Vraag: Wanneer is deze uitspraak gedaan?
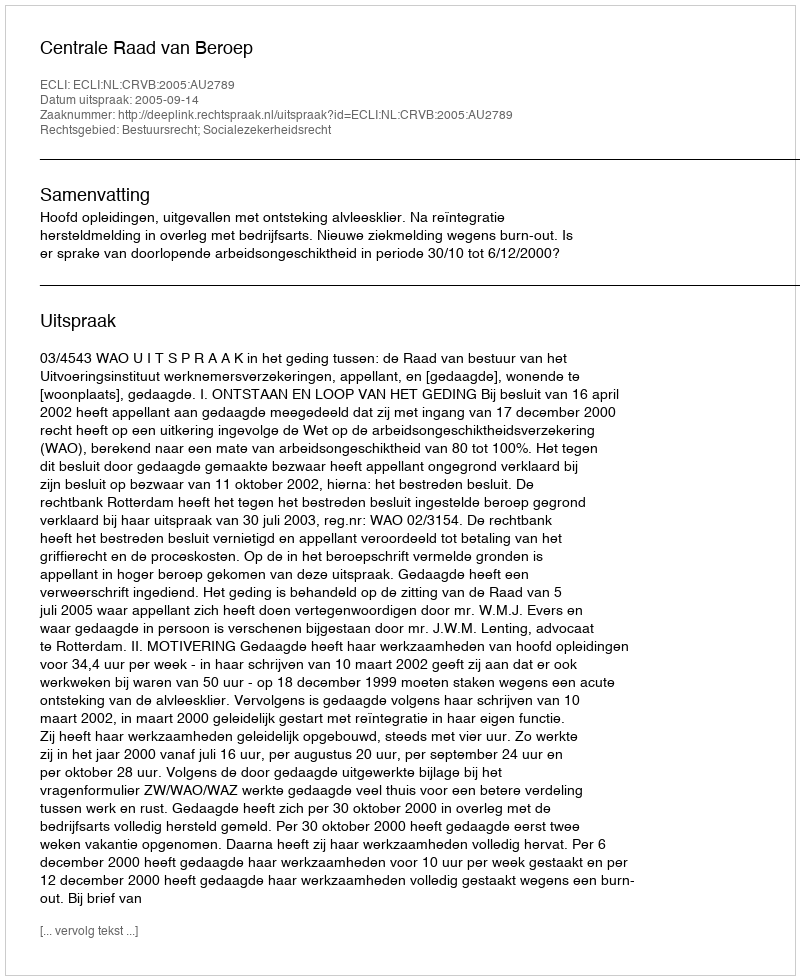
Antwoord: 2005-09-14